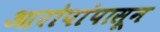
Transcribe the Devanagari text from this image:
आरोपांपासून